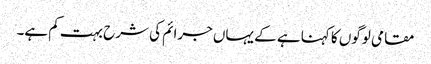
مقامی لوگوں کا کہنا ہے کے یہاں جرائم کی شرح بہت کم ہے۔